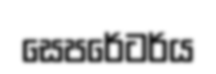
සෙපරේටර්ය